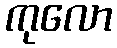
ကုလော